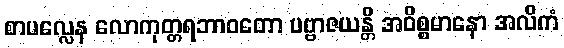
စာပလ္လေန လောကုတ္တရဘာဝတော ပဗ္ဗာဇယန္တိ အဝိစ္စမာနော အလိကံ